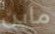
ماين